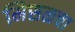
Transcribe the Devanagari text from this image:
मिसळचा